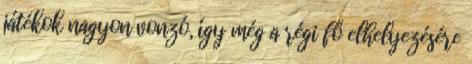
játékok nagyon vonzó, így még a régi fő elhelyezésére